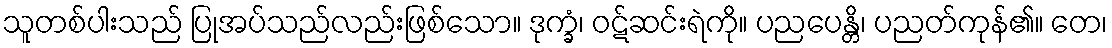
သူတစ်ပါးသည် ပြုအပ်သည်လည်းဖြစ်သော။ ဒုက္ခံ၊ ဝဋ်ဆင်းရဲကို။ ပညပေန္တိ၊ ပညတ်ကုန်၏။ တေ၊